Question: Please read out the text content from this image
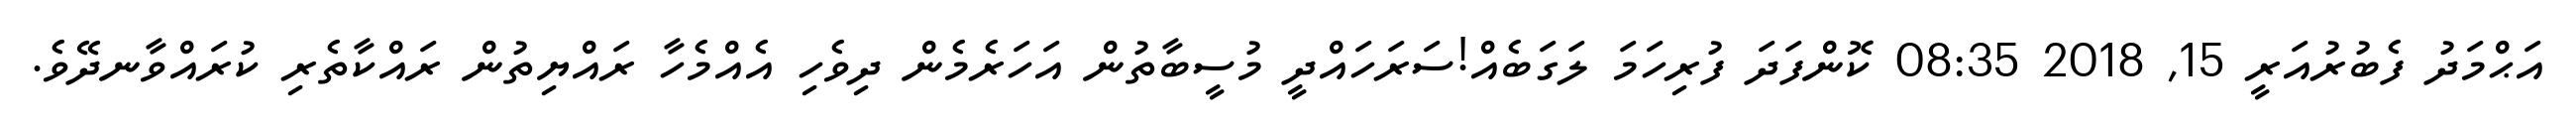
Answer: އަޙްމަދު ފެބުރުއަރީ 15, 2018 08:35 ކޮންފަދަ ފުރިހަމަ ލަގަބެއް!ސަރަހައްދީ މުސީބާތުން އަހަރެމެން ދިވެހި އެއްމެހާ ރައްޔިތުން ރައްކާތެރި ކުރައްވާނދޭވެ.